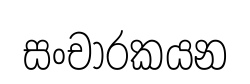
සංචාරකයන